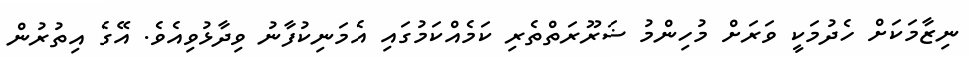
ނިޒާމަކަށް ހެދުމަކީ ވަރަށް މުހިންމު ޟަރޫރަތްތެރި ކަމެއްކަމުގައި އެމަނިކުފާނު ވިދާޅުވިއެވެ. އޭގެ އިތުރުން